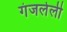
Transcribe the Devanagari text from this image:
गंजलेली